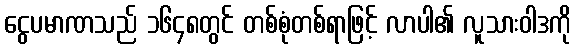
ငွေပမာဏသည် ၁၆၄၈တွင် တစ်စုံတစ်ရာဖြင့် လာပါ၏ လူသားဝါဒကို